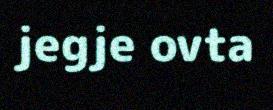
jegje ovta